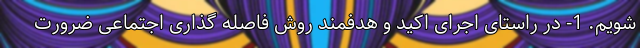
شویم. 1- در راستای اجرای اکید و هدفمند روش فاصله گذاری اجتماعی ضرورت